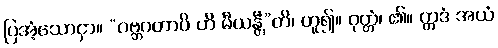
ပြအံ့သောငှာ။ “ဂဗ္ဘဂတာပိ ဟိ မီယန္တီ”တိ၊ ဟူ၍။ ဝုတ္တံ၊ ၏။ ဣဒံ အယံ